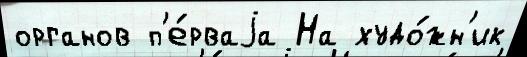
органов п'е́рваjа На худо́жн'ик